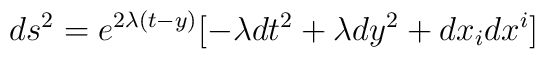
ds^{2}=e^{2\lambda (t-y)}[-\lambda dt^{2}+\lambda dy^{2}+dx_i dx^i]